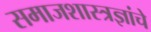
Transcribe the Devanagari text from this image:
समाजशास्त्रज्ञांचे